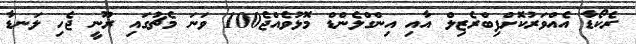
ރެކޯޑާ އެއްވަރުކޮށްފިބްރެޒިލް އާއި އިންގްލެންޑް މޮޅުވެއްޖެ100 ވަނަ މެޗުގައި ރޫނީ ޖެހި ލަނޑާ